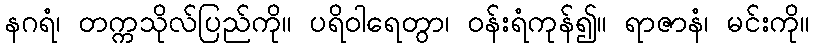
နဂရံ၊ တက္ကသိုလ်ပြည်ကို။ ပရိဝါရေတွာ၊ ဝန်းရံကုန်၍။ ရာဇာနံ၊ မင်းကို။